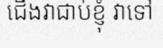
ជើងវាជាប់ខ្ញុំ វាទៅ